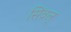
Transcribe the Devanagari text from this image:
सिंवल्